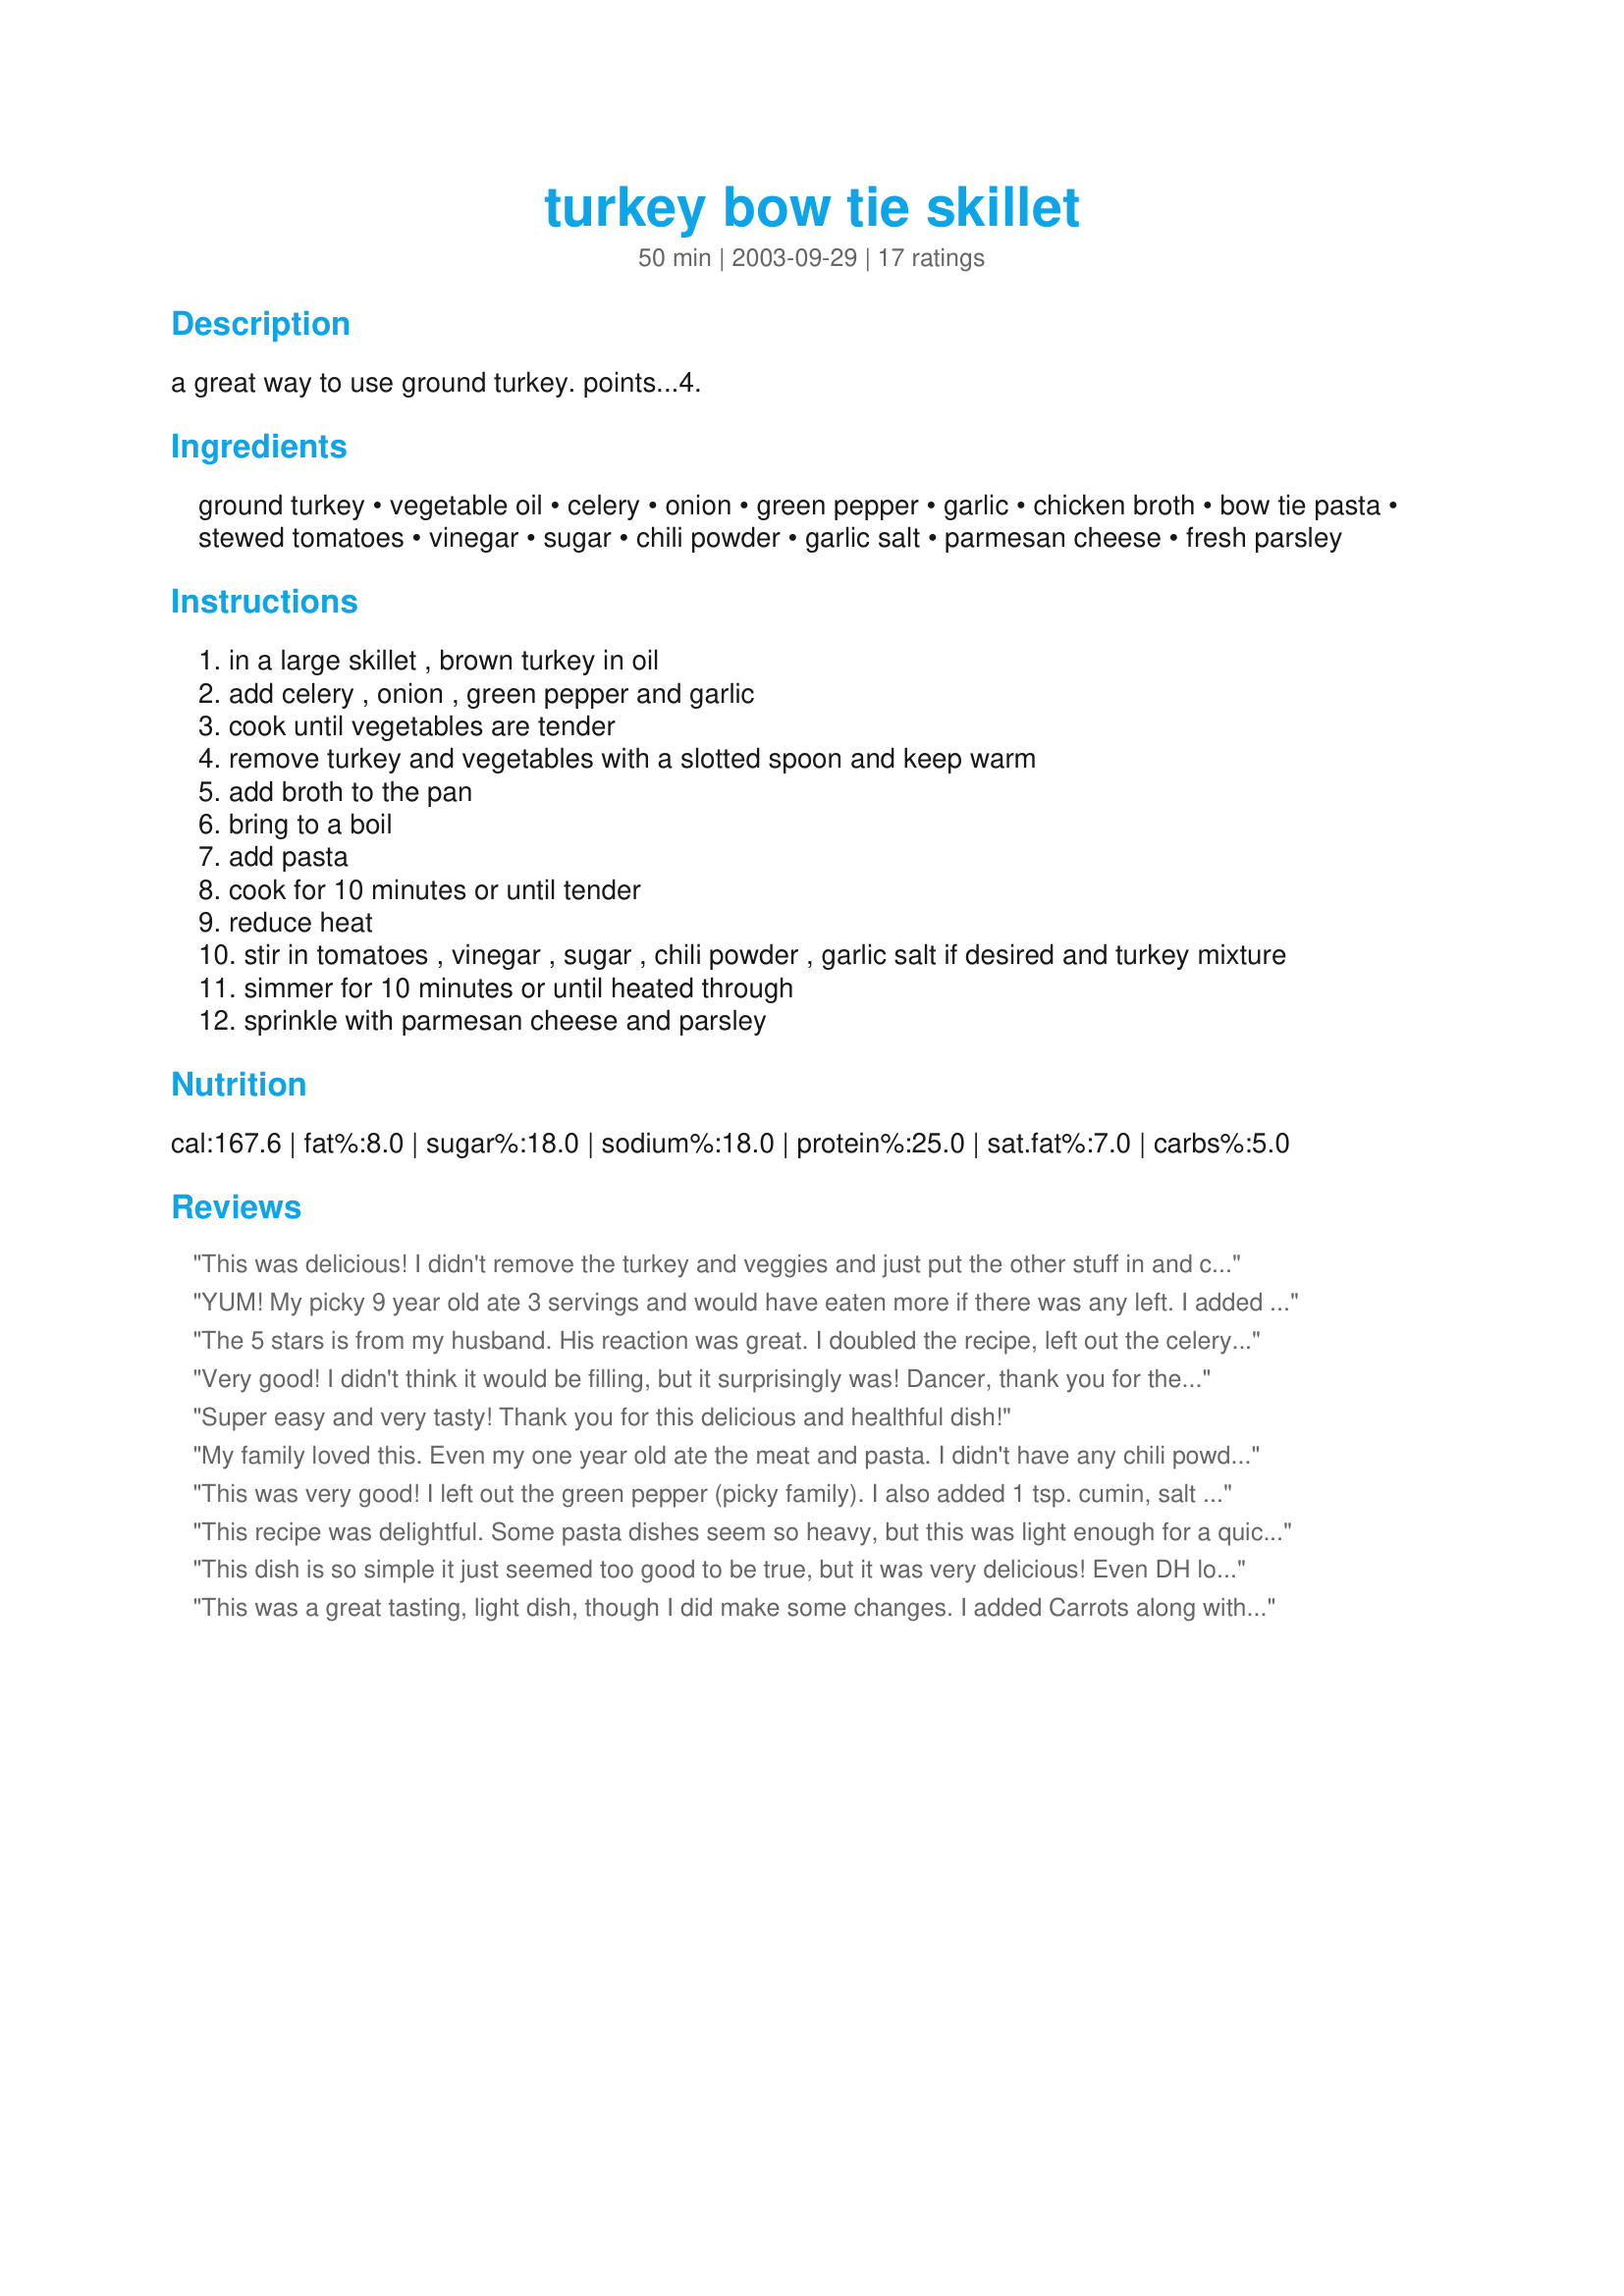
turkey bow tie skillet
Preparation time: 50 minutes

a great way to use ground turkey. points...4.

Ingredients:
ground turkey, vegetable oil, celery, onion, green pepper, garlic, chicken broth, bow tie pasta, stewed tomatoes, vinegar, sugar, chili powder, garlic salt, parmesan cheese, fresh parsley

Steps:
in a large skillet , brown turkey in oil
add celery , onion , green pepper and garlic
cook until vegetables are tender
remove turkey and vegetables with a slotted spoon and keep warm
add broth to the pan
bring to a boil
add pasta
cook for 10 minutes or until tender
reduce heat
stir in tomatoes , vinegar , sugar , chili powder , garlic salt if desired and turkey mixture
simmer for 10 minutes or until heated through
sprinkle with parmesan cheese and parsley

Reviews:
This was delicious! I didn't remove the turkey and veggies and just put the other stuff in and cooked it all together. I left out the celery and green peppers too.
YUM! My picky 9 year old ate 3 servings and would have eaten more if there was any left. I added extra 2 tsp of organic chicken boullion and 2 tbsp organic taco seasoning. Deleted the green peppers and did not remove meat when I put the pasta in (but I did put a lid on). WONDERFUL! Thanks!!
The 5 stars is from my husband. His reaction was great. I doubled the recipe, left out the celery and green pepper, used splenda for the sugar and didn't add the parsley or garlic salt (used a heaping tbsp of minced garlic at the begining and added table salt). I also might have added a bit more vinegar since I put 2 serving Tbsp in rather than the 2 regular Tbsp (remember, I doubled). I also didn't add my pasta by the cup, just used a bag of whole wheat wide egg noodles. I also didn't follow the directions exactly. I browned the turkey with the onion and added everything except the pasta and the cheese. I added the pasta after it came to a boil and after it cooked I added the cheese and stirred it in. DH LOVED this and I will be making this again. Its also Weight Watcher Core friendly which makes me happy. Thanks for posting.
Very good! I didn't think it would be filling, but it surprisingly was! Dancer, thank you for the recipe!
Super easy and very tasty! Thank you for this delicious and healthful dish!
My family loved this. Even my one year old ate the meat and pasta. I didn't have any chili powder so I used chili quick and it had excellent flavor. This is a winner and will be kept in my recipe box!
This was very good! I left out the green pepper (picky family). I also added 1 tsp. cumin, salt and pepper and substituted chopped fresh cilantro for the parsley. Even after adding the additional spices, I think it needed a little more of a kick. And, like another reviewer I used a large pot and just left turkey and veggies mixture in the pot and just added mini penne pasta to the boiling mixture and then let it simmer for 10 minutes. This was so easy to throw together, that I will definitely be making this again! Thank you for sharing your recipe.
This recipe was delightful. Some pasta dishes seem so heavy, but this was light enough for a quick lunch. Simplicity combined with very few dishes to clean. I felt it needed a little something extra, so I added an addition 1/2 teaspoon of chili powder and 1/2 cup of diced tomatoes, which worked great for me. Thank you for your post!
This dish is so simple it just seemed too good to be true, but it was very delicious! Even DH loved it, and was suprised to find out it was WW friendly. Thanks Dancer!
This was a great tasting, light dish, though I did make some changes. I added Carrots along with the Celery and Onions, this added a nice, slightly sweet flavor to the dish. Also I omitted the Chili Powder and in place added 1/4tsp each Cumin, Oregano, and Paprika (sometimes more).
This is an excellent weeknight meal imo. Quick, easy, tasty and healthy. Subbed the sugar for splenda. Thanks!
It was just okay for me. Sorry, but I will not make again. Thanks anyway.
Really good, Tho next time I will leave out the sugar and cut the salt. Thanks!
This was wonderful and the points for weight-watchers fit perfectly.
Great recipe! I made a few changes to suit my family. I started the ground turkey then added onions, green, red, and orange pepper. I was in a hurry so in another pot I starred to boil the chicken broth that I cut with water. When pasta was done I just ladled in the pasta and the amount of liquid that I wanted. And when I served it I added taco cheese on top! So good!
This was just ok. My dh and I ate what was on our plate, but got rid of the leftovers. I followed the recipe, but it seemed like it didn't have the flavor we were expecting it to have. Oh well
This was soooo- easy! It is light and full of flavor. Great summer pasta recipe. I doubled everything expect the sugar and it turned out wonderful. Definitely a repeat recipe.
